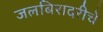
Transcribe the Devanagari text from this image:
जलबिरादरीचे